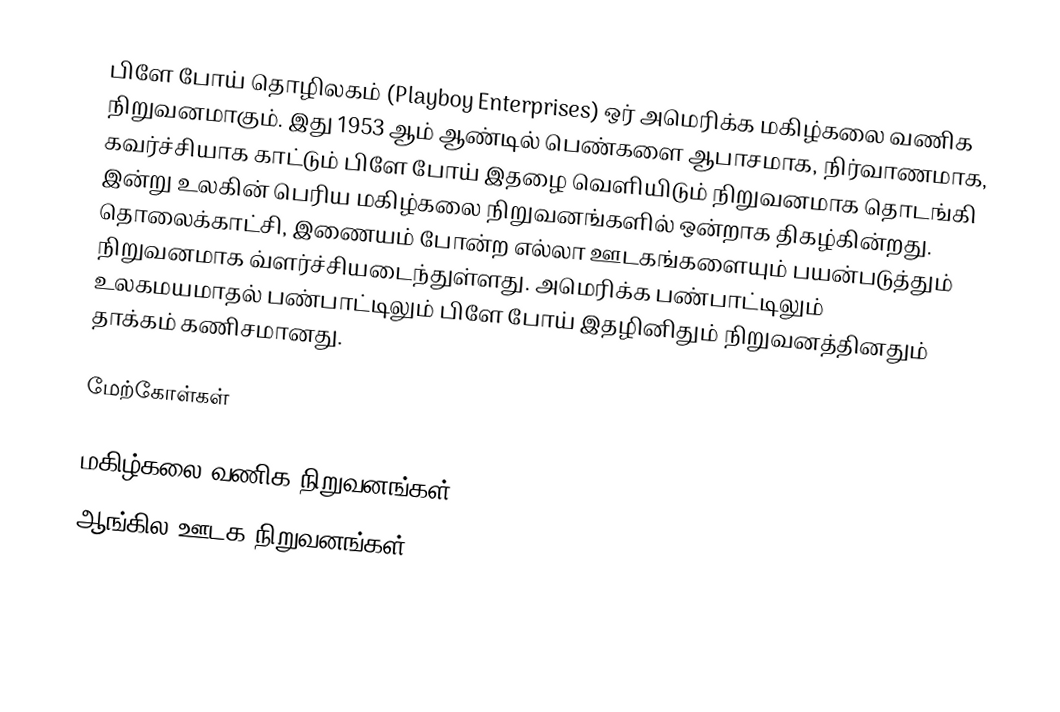
பிளே போய் தொழிலகம் (Playboy Enterprises) ஒர் அமெரிக்க மகிழ்கலை வணிக நிறுவனமாகும். இது 1953 ஆம் ஆண்டில் பெண்களை ஆபாசமாக, நிர்வாணமாக, கவர்ச்சியாக காட்டும் பிளே போய் இதழை வெளியிடும் நிறுவனமாக தொடங்கி இன்று உலகின் பெரிய மகிழ்கலை நிறுவனங்களில் ஒன்றாக திகழ்கின்றது. தொலைக்காட்சி, இணையம் போன்ற எல்லா ஊடகங்களையும் பயன்படுத்தும் நிறுவனமாக வ்ளர்ச்சியடைந்துள்ளது. அமெரிக்க பண்பாட்டிலும் உலகமயமாதல் பண்பாட்டிலும் பிளே போய் இதழினிதும் நிறுவனத்தினதும் தாக்கம் கணிசமானது.

மேற்கோள்கள்

மகிழ்கலை வணிக நிறுவனங்கள்
ஆங்கில ஊடக நிறுவனங்கள்